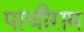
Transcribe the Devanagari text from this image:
पाचीराम